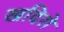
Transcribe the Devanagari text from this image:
खदिरो